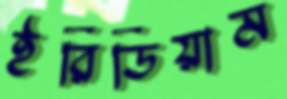
ইরিডিয়াম